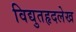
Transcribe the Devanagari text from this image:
विद्युतहृदलेख